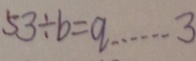
5 3 \div b = q \cdots 3